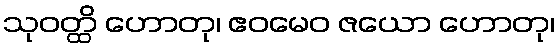
သုဝတ္ထိ ဟောတု၊ ဧဝမေဝ ဇယော ဟောတု၊